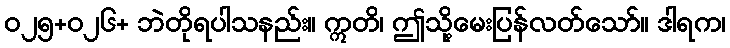
ဝ၂၅+ဝ၂၆+ ဘဲတိုရပါသနည်း။ ဣတိ၊ ဤသို့မေးပြန်လတ်သော်။ ဒါရက၊